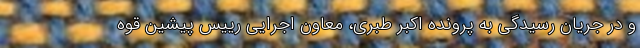
و در جریان رسیدگی به پرونده اکبر طبری، معاون اجرایی رییس پیشین قوه